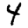
Digit: 4